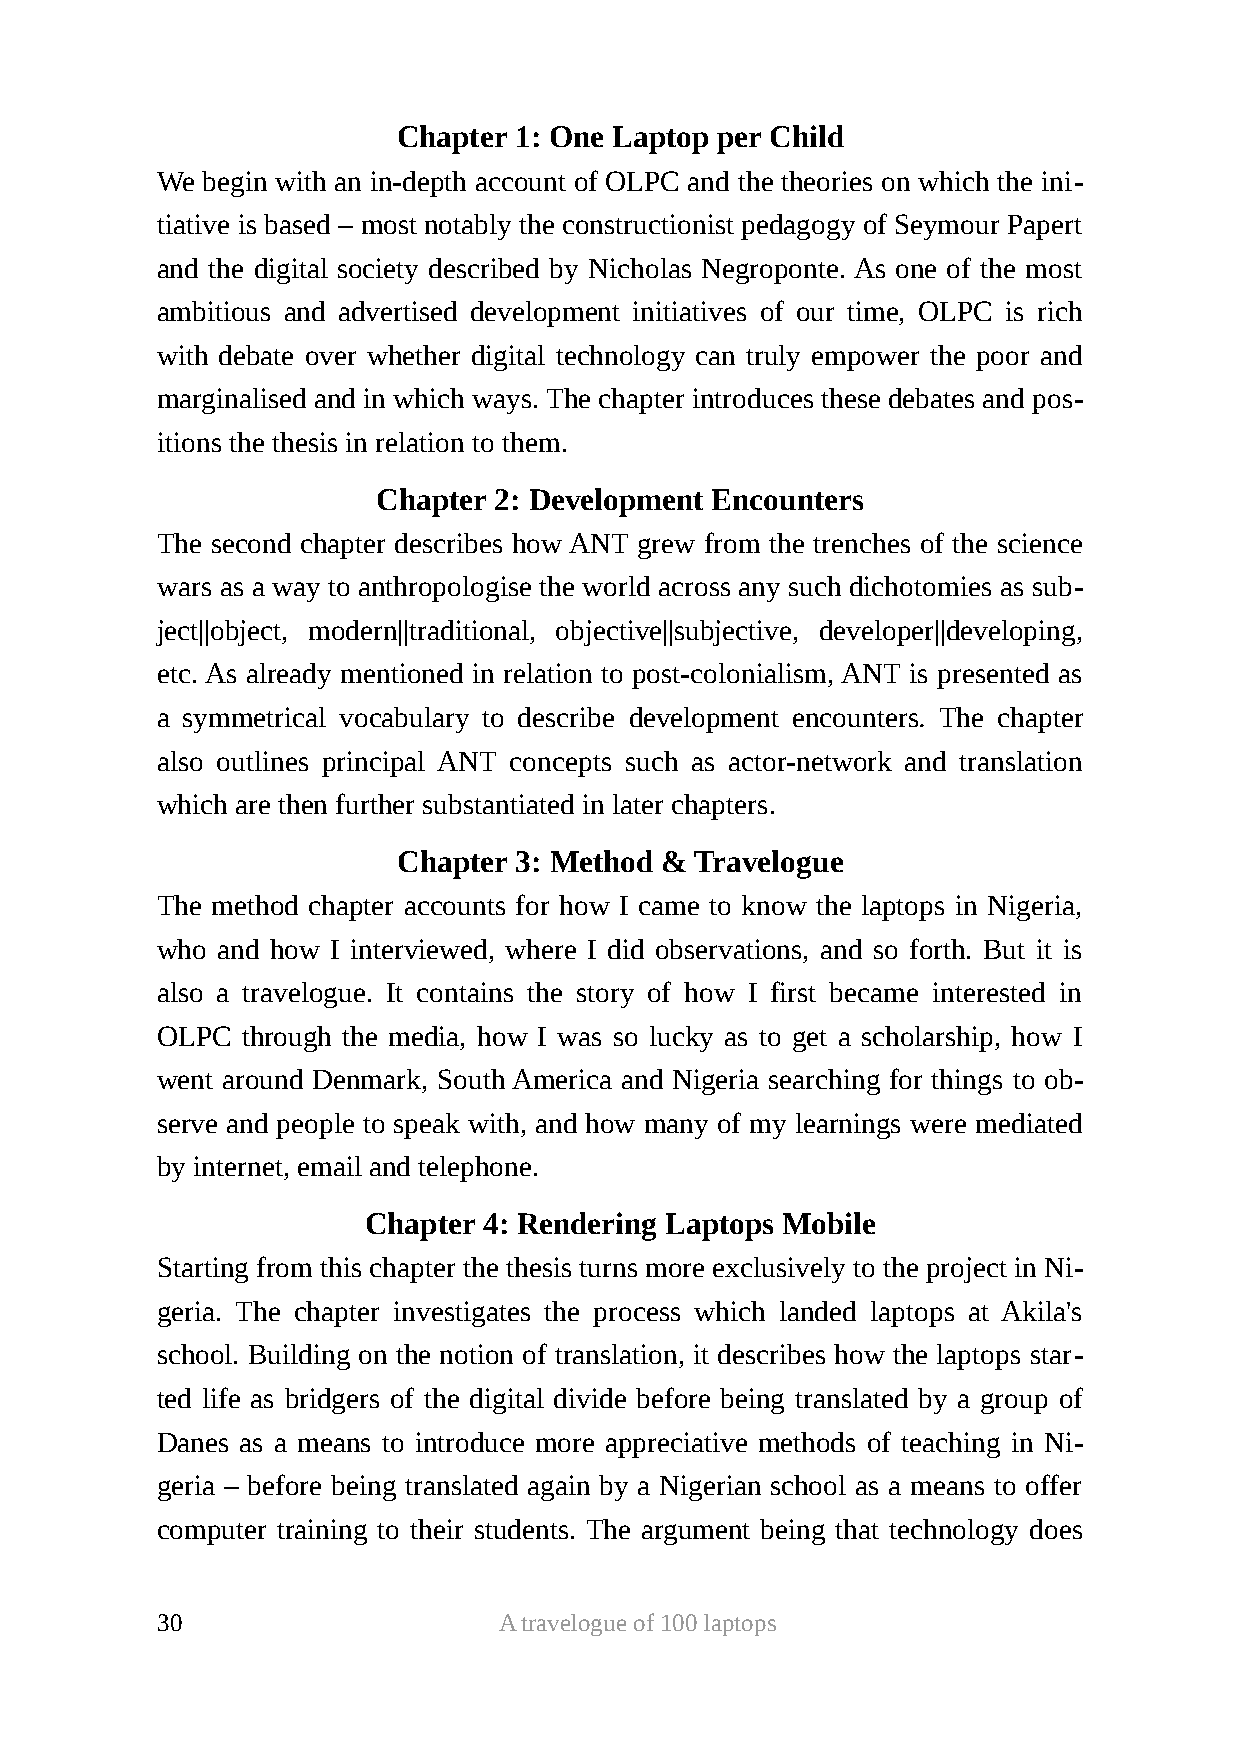
Chapter 1: One Laptop per Child
 We begin with an in-depth account of OLPC and the theories on which the ini-
 tiative is based – most notably the constructionist pedagogy of Seymour Papert
 and the digital society described by Nicholas Negroponte. As one of the most
 ambitious and advertised development initiatives of our time, OLPC is rich
 with debate over whether digital technology can truly empower the poor and
 marginalised and in which ways. The chapter introduces these debates and pos-
 itions the thesis in relation to them.
 Chapter 2: Development Encounters
 The second chapter describes how ANT grew from the trenches of the science
 wars as a way to anthropologise the world across any such dichotomies as sub-
 ject||object, modern||traditional, objective||subjective, developer||developing,
 etc. As already mentioned in relation to post-colonialism, ANT is presented as
 a symmetrical vocabulary to describe development encounters. The chapter
 also outlines principal ANT concepts such as actor-network and translation
 which are then further substantiated in later chapters.
 Chapter 3: Method & Travelogue
 The method chapter accounts for how I came to know the laptops in Nigeria,
 who and how I interviewed, where I did observations, and so forth. But it is
 also a travelogue. It contains the story of how I first became interested in
 OLPC  through the media, how I was so lucky as to get a scholarship, how I
 went around Denmark, South America and Nigeria searching for things to ob-
 serve and people to speak with, and how many of my learnings were mediated
 by internet, email and telephone.
 Chapter 4: Rendering Laptops Mobile
 Starting from this chapter the thesis turns more exclusively to the project in Ni-
 geria. The chapter investigates the process which landed laptops at Akila's
 school. Building on the notion of translation, it describes how the laptops star-
 ted life as bridgers of the digital divide before being translated by a group of
 Danes as a means to introduce more appreciative methods of teaching in Ni-
 geria – before being translated again by a Nigerian school as a means to offer
 computer training to their students. The argument being that technology does
 30                     A travelogue of 100 laptops